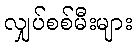
လျှပ်စစ်မီးများ